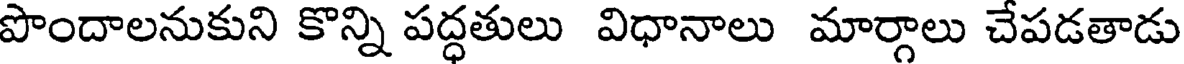
పొందాలనుకుని కొన్ని పద్ధతులు విధానాలు మార్గాలు చేపడతాడు